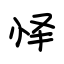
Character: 怿